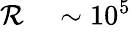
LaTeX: \begin{array}{rl}{\mathcal{R}}&{{}\sim 10^{5}}\end{array}